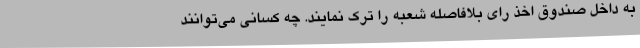
به داخل صندوق اخذ رای بلافاصله شعبه را ترک نمایند. چه کسانی می‌توانند